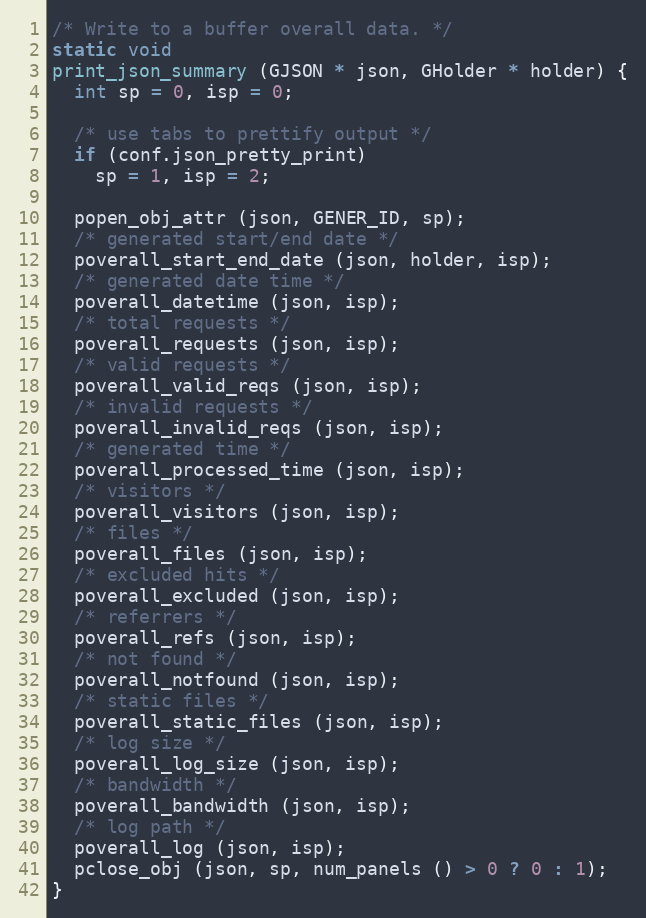
Language: C
/* Write to a buffer overall data. */
static void
print_json_summary (GJSON * json, GHolder * holder) {
  int sp = 0, isp = 0;

  /* use tabs to prettify output */
  if (conf.json_pretty_print)
    sp = 1, isp = 2;

  popen_obj_attr (json, GENER_ID, sp);
  /* generated start/end date */
  poverall_start_end_date (json, holder, isp);
  /* generated date time */
  poverall_datetime (json, isp);
  /* total requests */
  poverall_requests (json, isp);
  /* valid requests */
  poverall_valid_reqs (json, isp);
  /* invalid requests */
  poverall_invalid_reqs (json, isp);
  /* generated time */
  poverall_processed_time (json, isp);
  /* visitors */
  poverall_visitors (json, isp);
  /* files */
  poverall_files (json, isp);
  /* excluded hits */
  poverall_excluded (json, isp);
  /* referrers */
  poverall_refs (json, isp);
  /* not found */
  poverall_notfound (json, isp);
  /* static files */
  poverall_static_files (json, isp);
  /* log size */
  poverall_log_size (json, isp);
  /* bandwidth */
  poverall_bandwidth (json, isp);
  /* log path */
  poverall_log (json, isp);
  pclose_obj (json, sp, num_panels () > 0 ? 0 : 1);
}